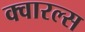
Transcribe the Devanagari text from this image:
क्वारल्स